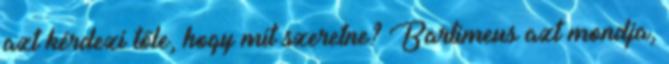
azt kérdezi tőle, hogy mit szeretne? Bartimeus azt mondja,